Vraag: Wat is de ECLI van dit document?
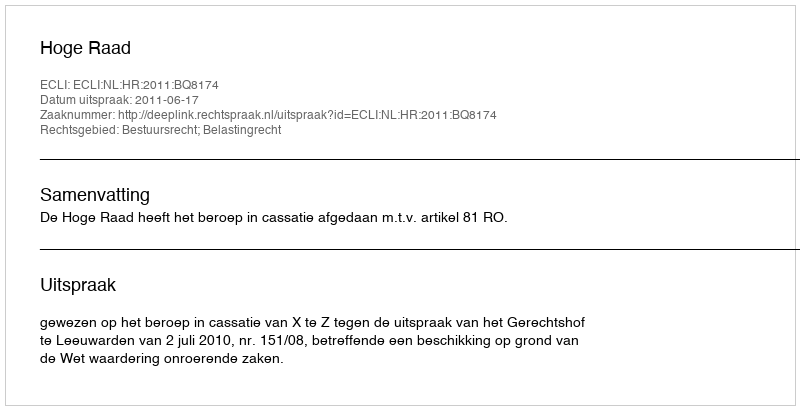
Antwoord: ECLI:NL:HR:2011:BQ8174